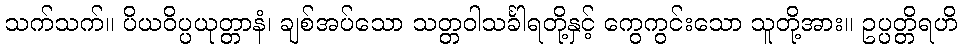
သက်သက်။ ပိယဝိပ္ပယုတ္တာနံ၊ ချစ်အပ်သော သတ္တဝါသင်္ခါရတို့နှင့် ကွေကွင်းသော သူတို့အား။ ဥပ္ပတ္တိရဟိ